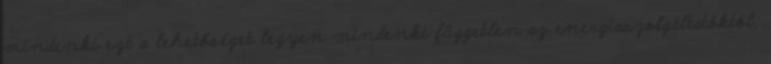
mindenki ezt a lehetőséget legyen mindenki független az energiaszolgáltatóktól,